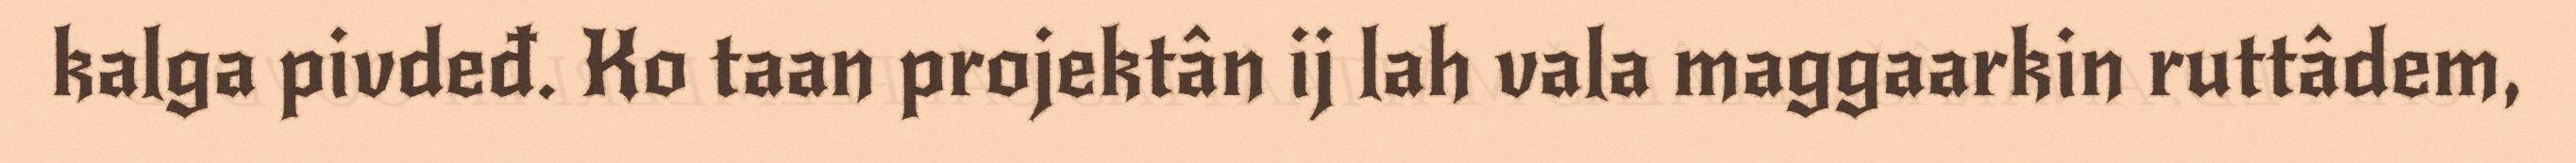
kalga pivdeđ. Ko taan projektân ij lah vala maggaarkin ruttâdem,